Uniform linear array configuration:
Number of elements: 4
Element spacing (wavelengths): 0.25
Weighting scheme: blackman
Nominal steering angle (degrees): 60
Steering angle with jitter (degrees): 61.38
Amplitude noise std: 0.05
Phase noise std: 0.05

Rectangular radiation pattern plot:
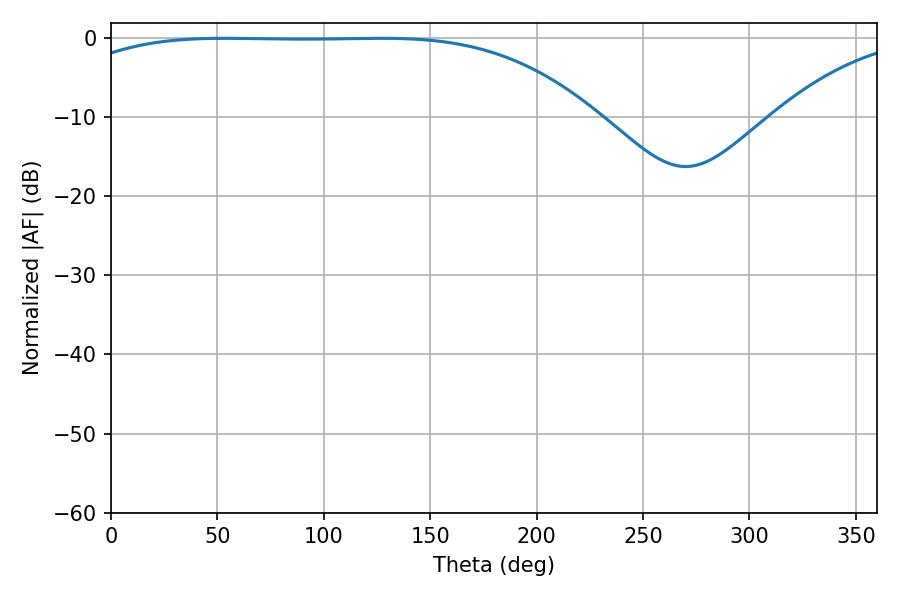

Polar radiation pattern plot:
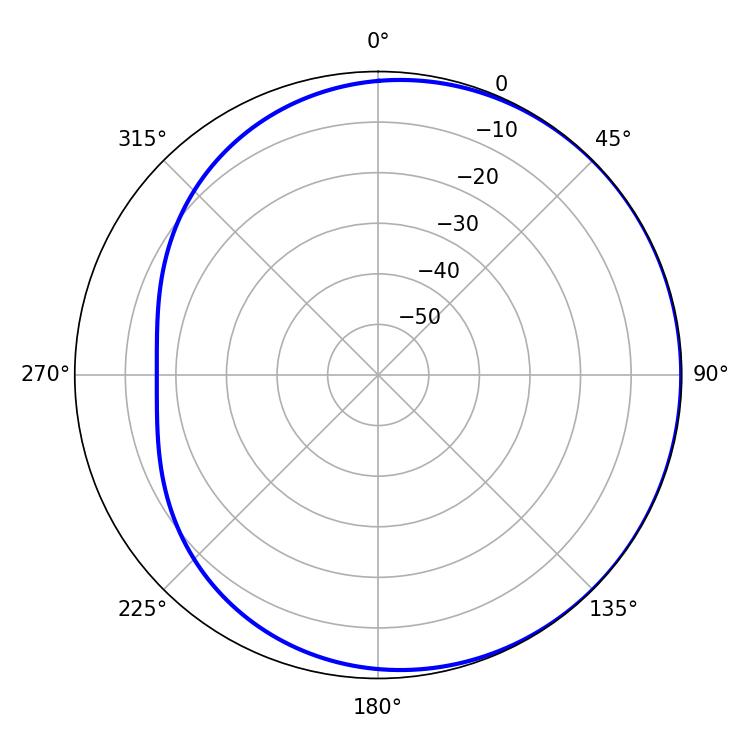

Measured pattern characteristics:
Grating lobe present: FALSE
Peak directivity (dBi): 0.7155
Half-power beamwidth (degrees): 191.16
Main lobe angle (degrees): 53.46